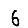
Digit: 6